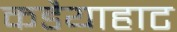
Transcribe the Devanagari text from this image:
कडैयाहाट